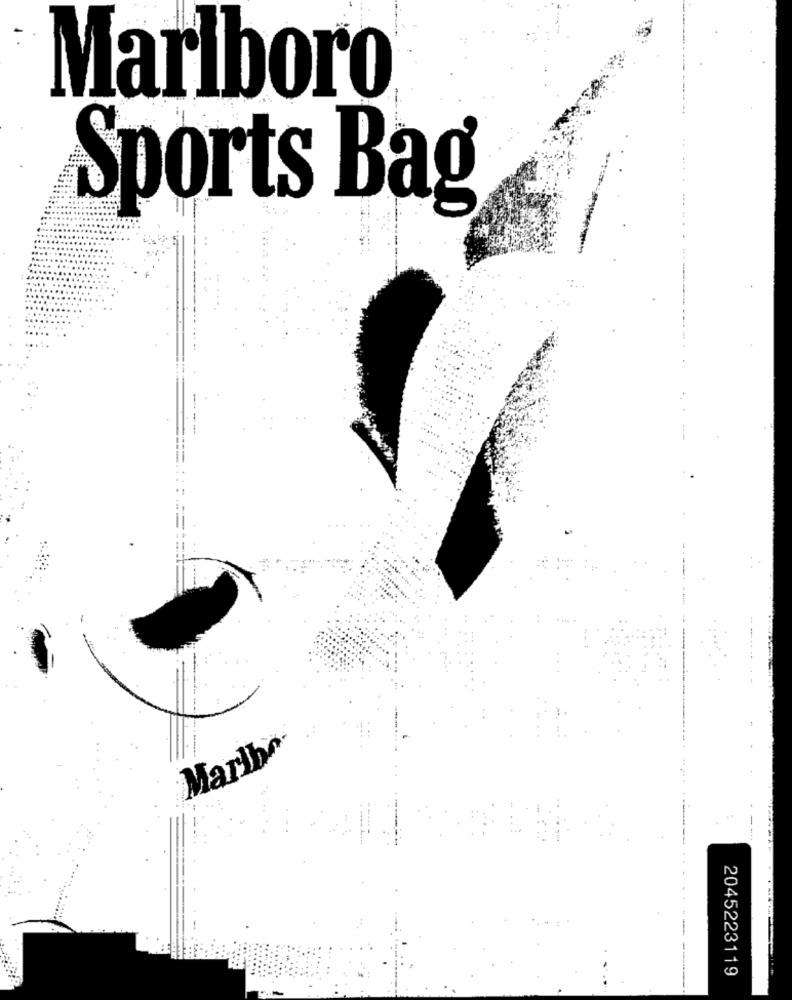
Marlboro
Sports Bag
Marlbo
2045223119